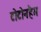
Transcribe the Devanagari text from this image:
टोटोनहैम